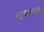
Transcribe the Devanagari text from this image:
धनुसंक्रमण